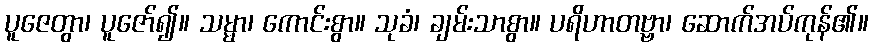
ပူဇေတွာ၊ ပူဇော်၍။ သမ္မာ၊ ကောင်းစွာ။ သုခံ၊ ချမ်းသာစွာ။ ပရိဟာတဗ္ဗာ၊ ဆောက်အပ်ကုန်၏။